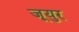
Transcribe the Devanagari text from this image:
जूयुर